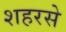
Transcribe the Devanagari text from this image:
शहरसे